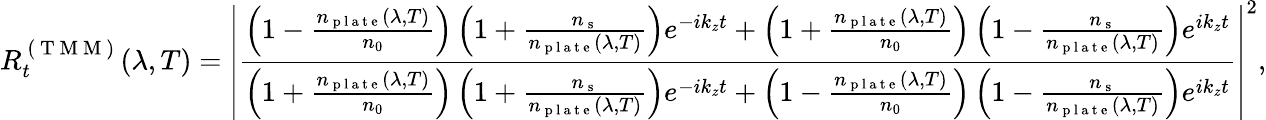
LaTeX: R_{t}^{\mathrm{~(~T~M~M~)~}}(\lambda,T)=\left|\frac{\left(1-\frac{n_{\mathrm{~p~l~a~t~e~}}(\lambda,T)}{n_{0}}\right)\left(1+\frac{n_{\mathrm{~s~}}}{n_{\mathrm{~p~l~a~t~e~}}(\lambda,T)}\right)e^{-ik_{z}t}+\left(1+\frac{n_{\mathrm{~p~l~a~t~e~}}(\lambda,T)}{n_{0}}\right)\left(1-\frac{n_{\mathrm{~s~}}}{n_{\mathrm{~p~l~a~t~e~}}(\lambda,T)}\right)e^{ik_{z}t}}{\left(1+\frac{n_{\mathrm{~p~l~a~t~e~}}(\lambda,T)}{n_{0}}\right)\left(1+\frac{n_{\mathrm{~s~}}}{n_{\mathrm{~p~l~a~t~e~}}(\lambda,T)}\right)e^{-ik_{z}t}+\left(1-\frac{n_{\mathrm{~p~l~a~t~e~}}(\lambda,T)}{n_{0}}\right)\left(1-\frac{n_{\mathrm{~s~}}}{n_{\mathrm{~p~l~a~t~e~}}(\lambda,T)}\right)e^{ik_{z}t}}\right|^{2},